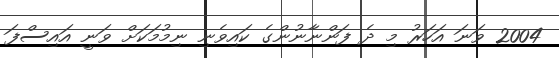
2004 ވަނަ އަހަރު މި ދެ ފަންނާނުންގެ ކައިވެނި ނިމުމަކަށް ވަނީ އައިސްފަ